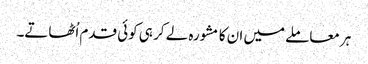
ہر معاملے میں ان کا مشورہ لے کر ہی کوئی قدم اُٹھاتے۔